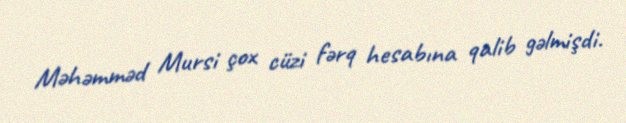
Məhəmməd Mursi çox cüzi fərq hesabına qalib gəlmişdi.